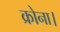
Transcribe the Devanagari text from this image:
क्रोना।